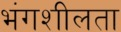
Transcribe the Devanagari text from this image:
भंगशीलता